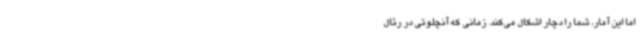
اما این آمار، شما را دچار اشکال می‌کند. زمانی که آنچلوتی در رئال